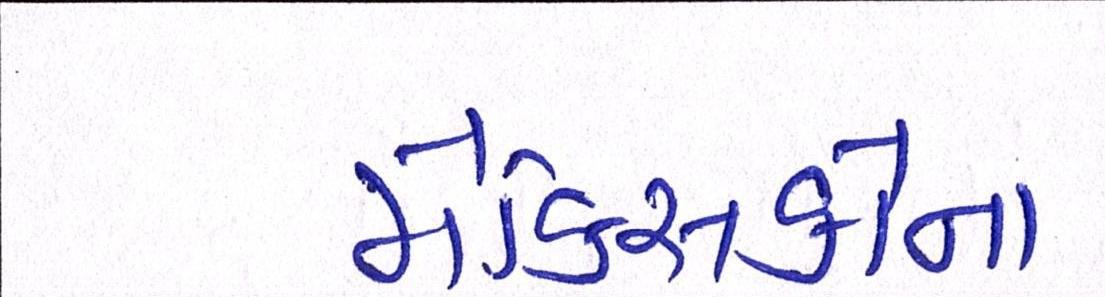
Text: મેક્સિકોના